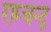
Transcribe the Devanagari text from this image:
राम्चन्द्र